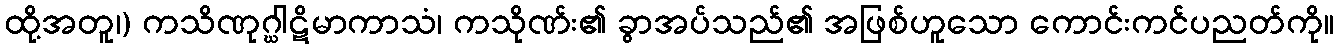
ထို့အတူ၊) ကသိဏုဂ္ဃါဋိမာကာသံ၊ ကသိုဏ်း၏ ခွာအပ်သည်၏ အဖြစ်ဟူသော ကောင်းကင်ပညတ်ကို။